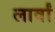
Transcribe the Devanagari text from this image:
लार्वां